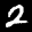
Label: 2